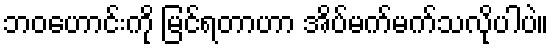
ဘဝဟောင်းကို မြင်ရတာဟာ အိပ်မက်မက်သလိုပါပဲ။